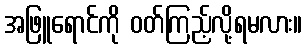
အဖြူရောင်ကို ဝတ်ကြည့်လို့ရမလား။